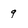
Character: 9